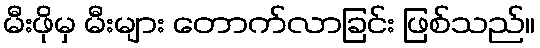
မီးဖိုမှ မီးများ တောက်လာခြင်း ဖြစ်သည်။